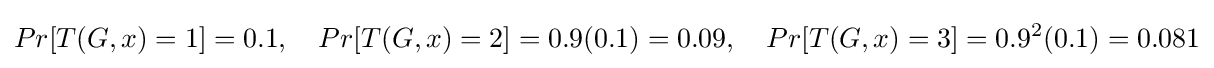
Pr[T(G,x)=1]=0.1,\quad Pr[T(G,x)=2]=0.9(0.1)=0.09,\quad Pr[T(G,x)=3]=0.9^{2}(0.1)=0.081